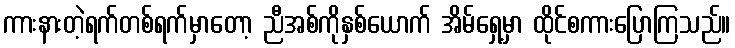
ကားနားတဲ့ရက်တစ်ရက်မှာတော့ ညီအစ်ကိုနှစ်ယောက် အိမ်ရှေ့မှာ ထိုင်စကားပြောကြသည်။